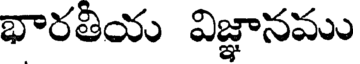
భారతీయ విజ్ఞానము